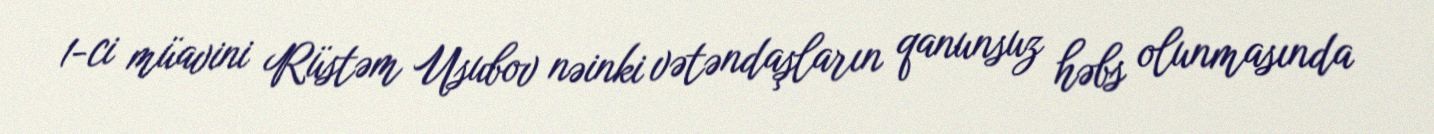
1-ci müavini Rüstəm Usubov nəinki vətəndaşların qanunsuz həbs olunmasında